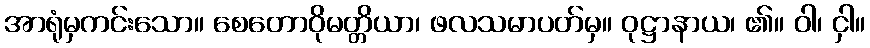
အာရုံမှကင်းသော။ စေတောဝိုမတ္တိယာ၊ ဖလသမာပတ်မှ။ ဝုဋ္ဌာနာယ၊ ၏။ ဝါ၊ ငှါ။